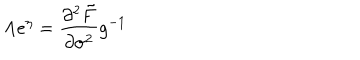
\Lambda e ^ { \eta } = \frac { \partial ^ { 2 } \tilde { F } } { \partial \sigma ^ { 2 } } g ^ { - 1 }